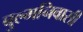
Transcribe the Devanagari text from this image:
बुल्मनिवासी